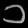
Digit: ၁